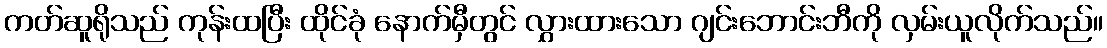
ကတ်ဆူရိုသည် ကုန်းထပြီး ထိုင်ခုံ နောက်မှီတွင် လွှားထားသော ဂျင်းဘောင်းဘီကို လှမ်းယူလိုက်သည်။